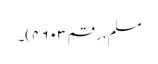
مسلم، رقم ۴۶۰۳)۔